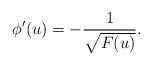
\begin{align*}\phi'(u)=-\frac{1}{\sqrt{F(u)}}.\end{align*}